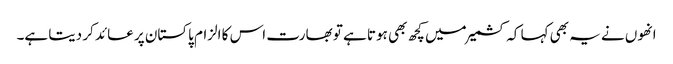
انھوں نے یہ بھی کہا کہ کشمیرمیں کچھ بھی ہوتا ہے تو بھارت اس کا الزام پاکستان پر عائد کر دیتا ہے۔